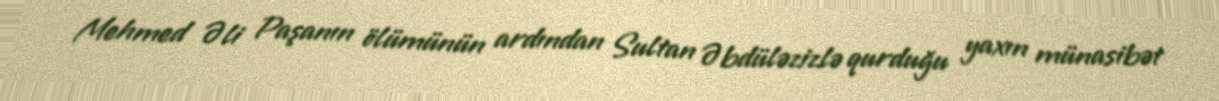
Mehmed Əli Paşanın ölümünün ardından Sultan Əbdüləzizlə qurduğu yaxın münasibət